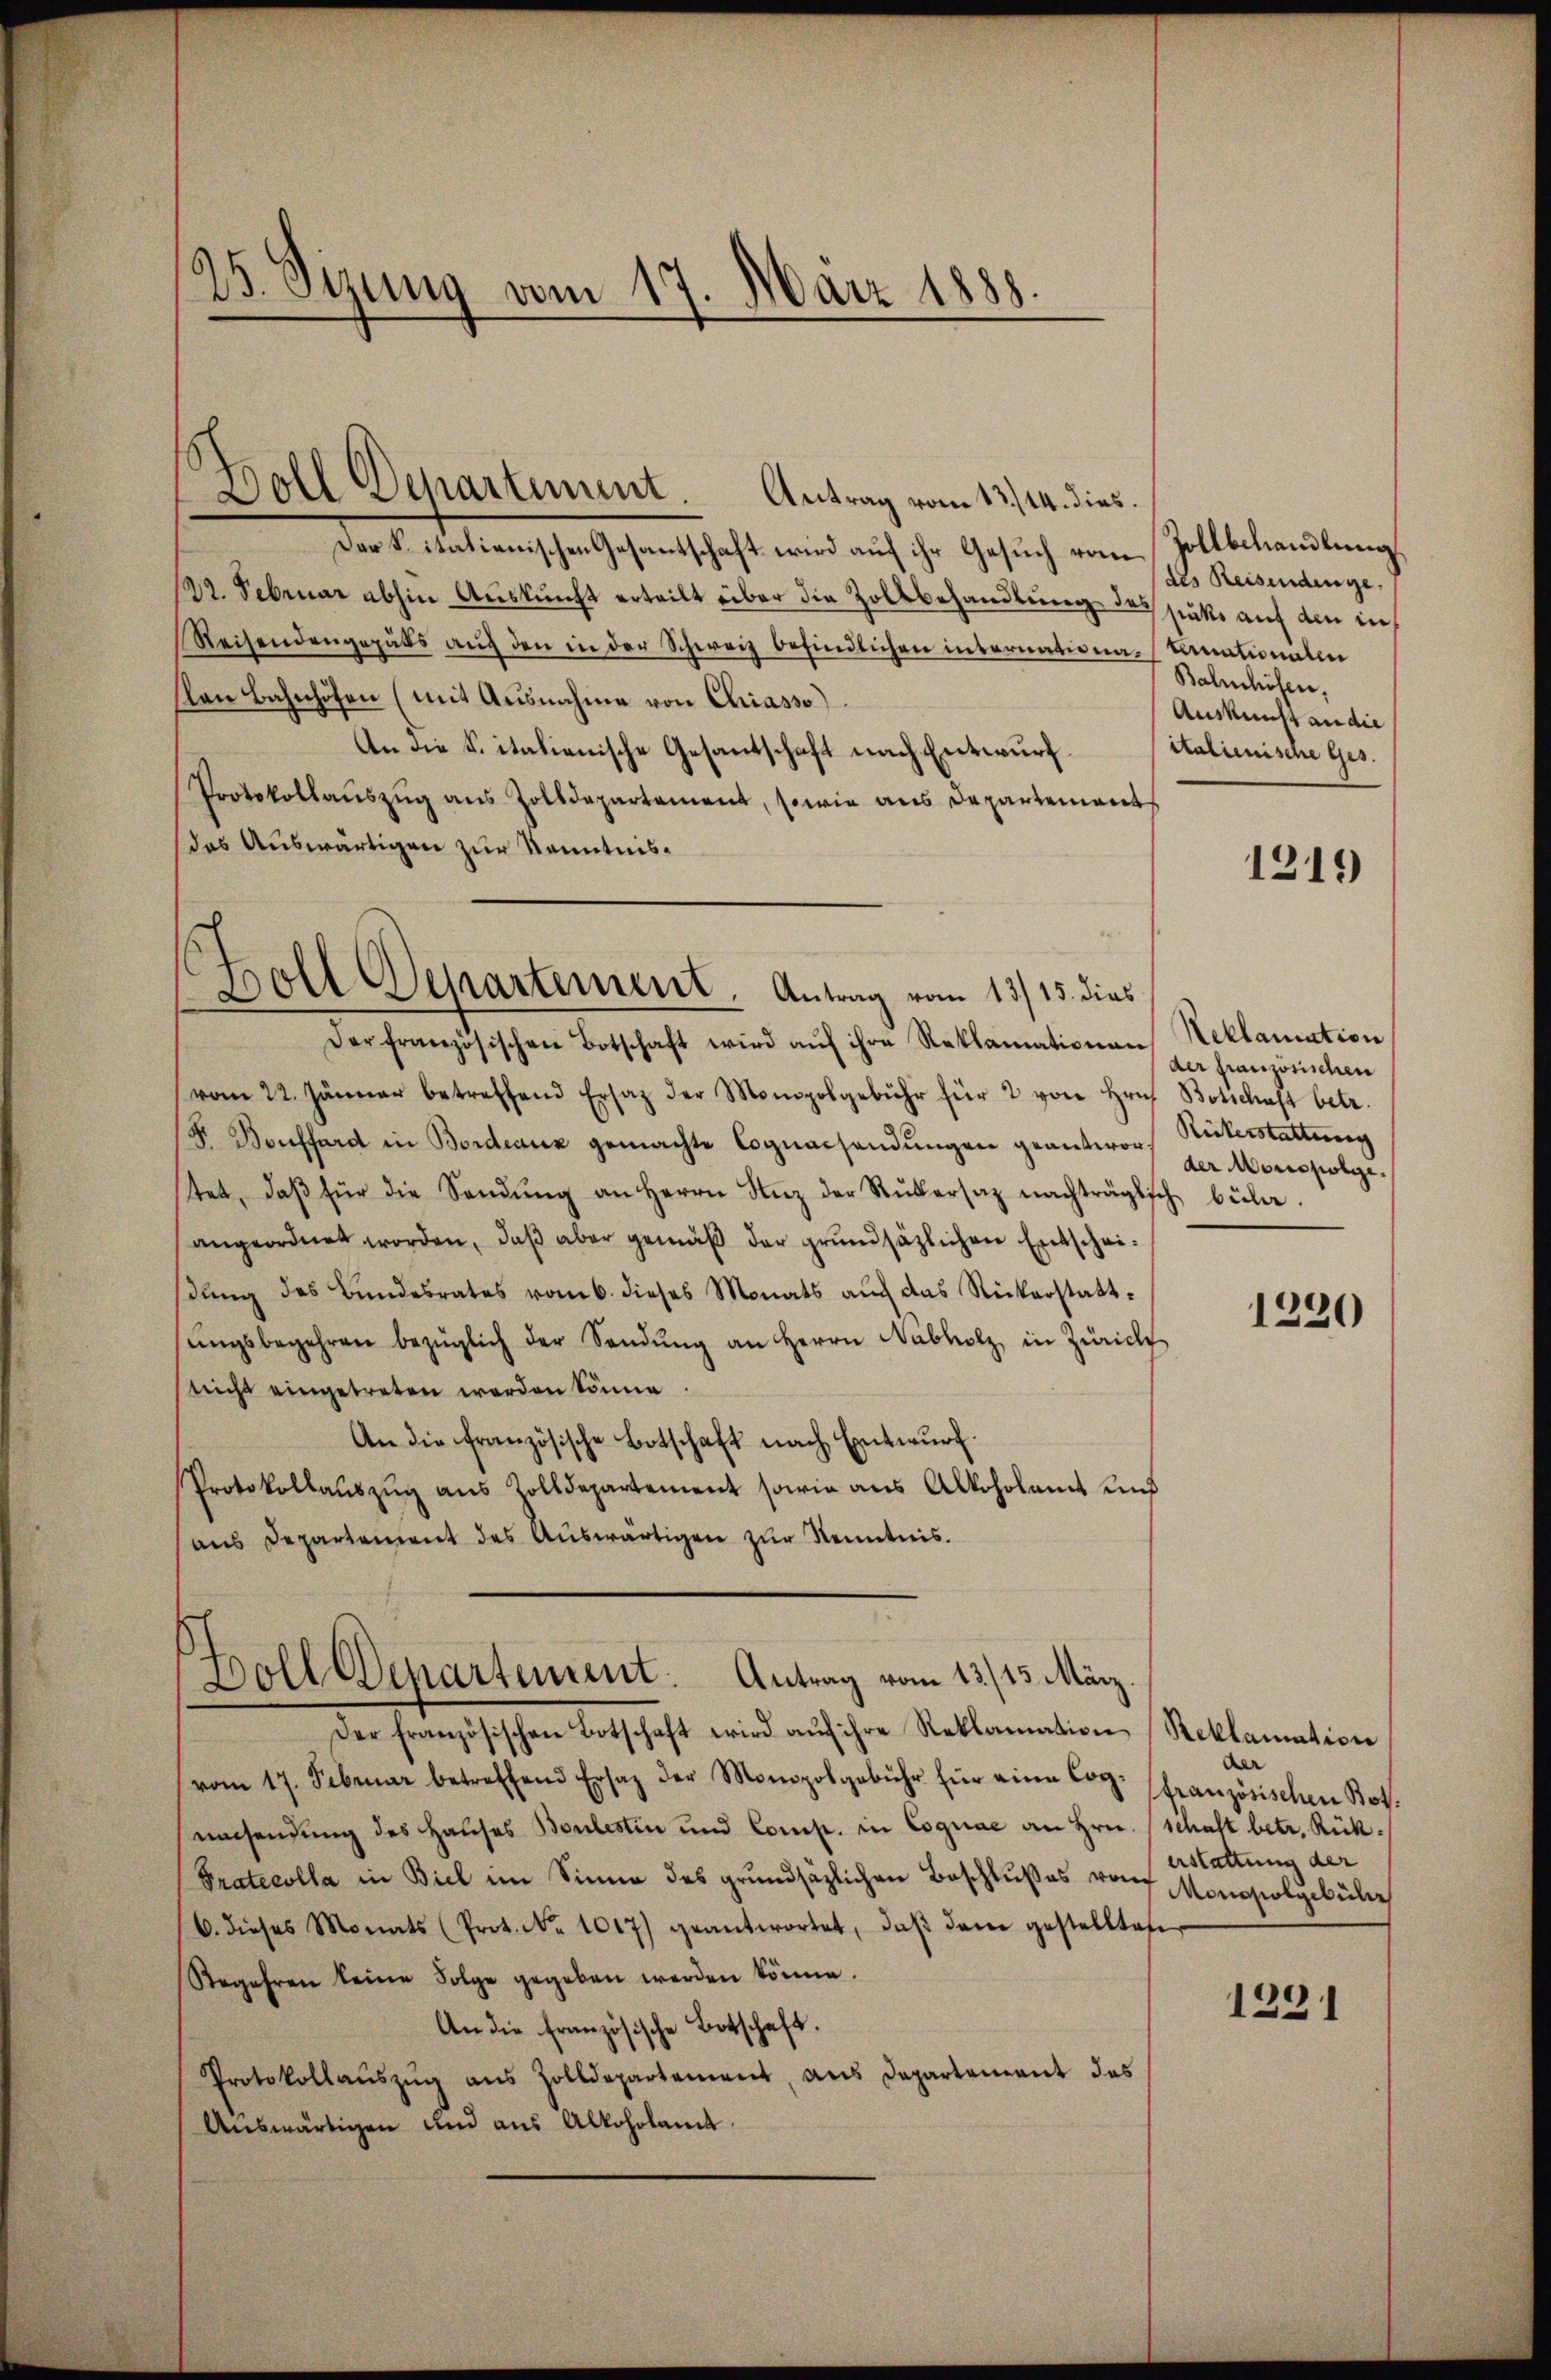
¬
25. Sizung vom 17. März 1888.

Der k. italienischen Gesantschaft wird auf ihr Gesuch vom Zollbehandlung
122. Februar abhin Auskunft erteilt über die Zollbehandlung des sinke auf den in
Reisendengepals aŭf den in der Schweiz befindlichen internationa-Canationalen
Plan Bahnhöfen (mit Ausnahme von Chiasso)
An die S. italienische Gesantschaft nach Entwurf.
Protokollaŭszŭg ans Zolldepartement, sowie aus Departement
das Auswärtigen zur Kenntnis¬
Der französischen Botschaft wird aŭf ihre Reklamationen Neklamation
vom 22. Jänner betreffend Ersatz der Monopolgebühr für 2 von Hrn. Botschaft betr.
F. Bonffard in Bordeaux gemachte Cognacsendŭngen geantwor-
tet, daβ für die Sendŭng an Herrn Unz der Rŭkarsaz nachträglich büla.
angeordnet worden, daβ aber gemäβ der grŭndsätzlichen Entschei-
stung des Bundesrates vom 6. dieses Monats auch das Rickerstattsŭngsbegehren bezüglich der Sendŭng an Herrn Nabholz in Zürich
nicht eingetreten werden könne
An die französische Botschaft nach Entwurf.
Protokollaŭszŭg aŭs Zolldepartement sowie aus Alkoholamt und
aus Departement des Auswärtigen zur Kenntnis.

Boll Departement. Antrag vom 13./14. dies

Boll Departement. Antrag vom 13/15. dies

Boll Departement. Antrag vom 13./13. März

Der Französischen Botschaft wird aŭf ihre Reklamation Reklamation
vom 17. Februar betreffend Ersatz der Monopolgebühr für eine Cop. französischen Bot
umsendung des Hauses Boulestin und Comp. in Cognae an Hrn. (Schaft betr. Rück¬
Pratecolla in Biel im Sinne des grundsätzlichen Beschlußes von Monopolgebühr
6. dieses Monats (Prot. No. 1017) geantwortet, daβ den gestellten
Regehren keine Folge gegeben werden könne.
An die französische Botschaft.
Protokollaŭszŭg ans Zolldepartement, aus Departement das
Auswärtigen und aus Alkoholamt

(des Reisendenge.
Bahnhöfen,
Auskunst an die
ctalienische Ges.

1219

der französischen
Rükerstattung
der Morrspolie.

1220

der
erstattung der

1291